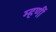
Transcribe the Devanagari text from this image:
म्हणीं